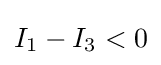
I_{1}-I_{3}<0